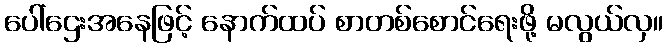
ပေါ်ဌေးအနေဖြင့် နောက်ထပ် စာတစ်စောင်ရေးဖို့ မလွယ်လှ။